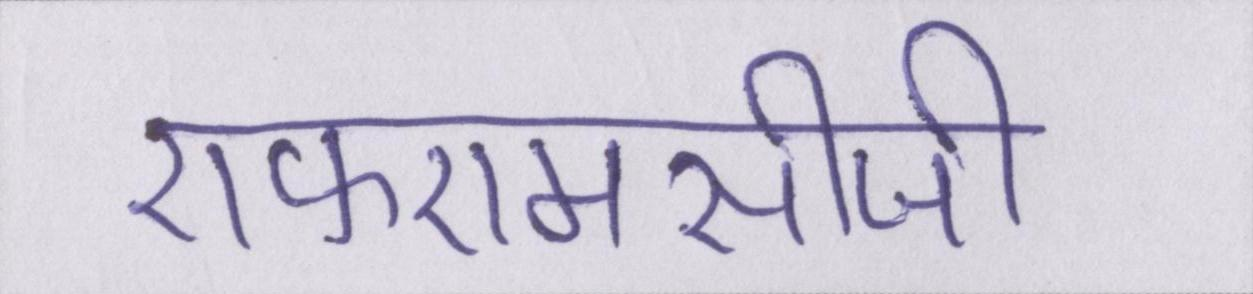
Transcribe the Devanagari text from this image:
एफएमसीजी